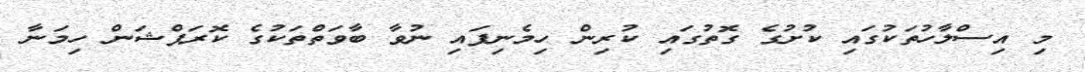
މި އިސްލާހުތަކުގައި ކުށުގެ ގޮތުގައި ކުރިން ހިމެނިފައި ނުވާ ބާވަތްތަކުގެ ކޮރަޕްޝަން ހިމަނާ